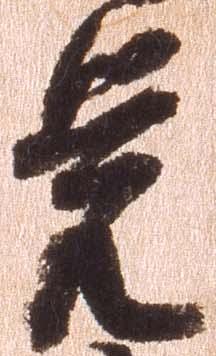
覚